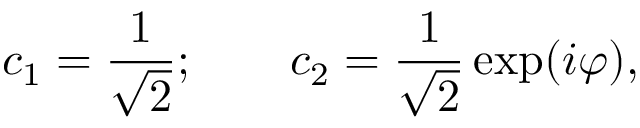
c _ { 1 } = \frac { 1 } { \sqrt { 2 } } ; \qquad c _ { 2 } = \frac { 1 } { \sqrt { 2 } } \exp ( i \varphi ) ,